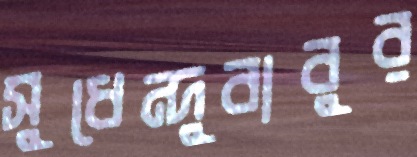
সুধেন্দুবাবুর